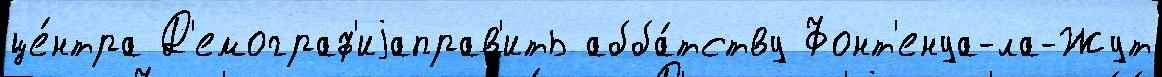
це́нтра Д'емограф'иjаправ'ить абба́тству Фонт'енуа-ла-Жут